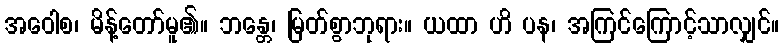
အဝေါစ၊ မိန့်တော်မူ၏။ ဘန္တေ၊ မြတ်စွာဘုရား။ ယထာ ဟိ ပန၊ အကြင်ကြောင့်သာလျှင်။